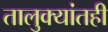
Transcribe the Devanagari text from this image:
तालुक्यांतही